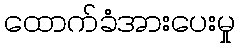
ထောက်ခံအားပေးမှု